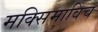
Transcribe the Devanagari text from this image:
मक्सिमाविच